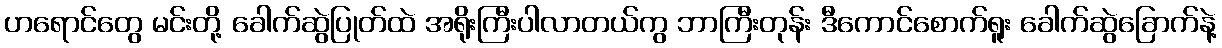
ဟရောင်တွေ မင်းတို့ ခေါက်ဆွဲပြုတ်ထဲ အရိုးကြီးပါလာတယ်ကွ ဘာကြီးတုန်း ဒီကောင်စောက်ရူး ခေါက်ဆွဲခြောက်နဲ့